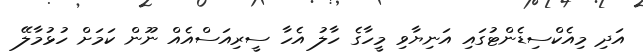
އަދި މިއެކްސިޑެންޓުގައި އަނިޔާވި މީހާގެ ހާލު އެހާ ސީރިއަސްއެއް ނޫން ކަަމަށް ހުޅުމާލޭ